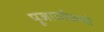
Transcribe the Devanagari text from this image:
पूजार्चाकरते